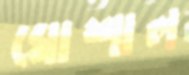
ঘোশাল